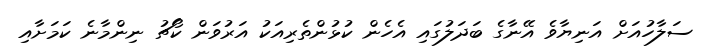
ސަލާހުއަށް އަނިޔާވެ އޭނާގެ ބަދަލުގައި އެހެން ކުޅުންތެރިއަކު އަރުވަން ކޯޗު ނިންމާނެ ކަމަށާއި